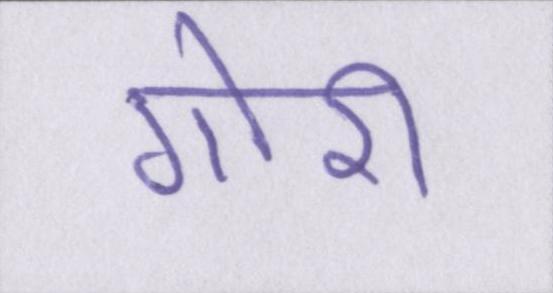
गोरी